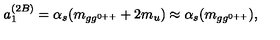
a _ { 1 } ^ { ( 2 B ) } = \alpha _ { s } ( m _ { g g ^ { 0 + + } } + 2 m _ { u } ) \approx \alpha _ { s } ( m _ { g g ^ { 0 + + } } ) ,